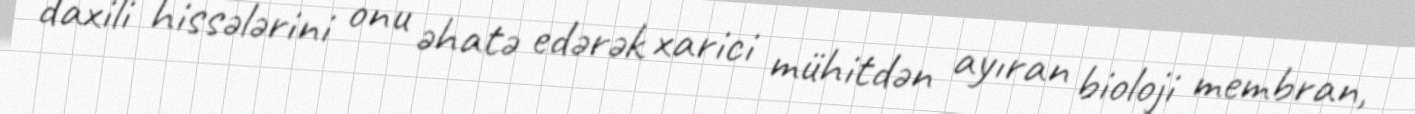
daxili hissələrini onu əhatə edərək xarici mühitdən ayıran bioloji membran,